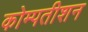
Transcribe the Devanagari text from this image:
कोम्पतीशन